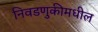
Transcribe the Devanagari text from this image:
निवडणुकीमधील